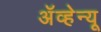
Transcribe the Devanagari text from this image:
अॅव्हेन्यू